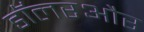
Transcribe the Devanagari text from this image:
डॉलरऔर